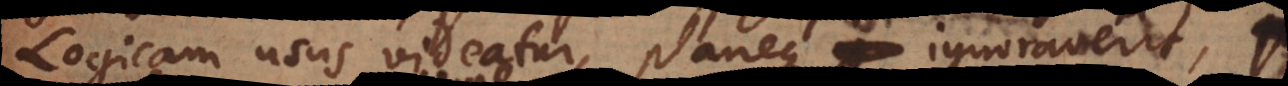
Logicam usus videatur, planeque ignoraverit,